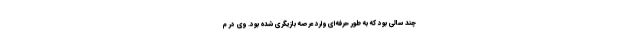
چند سالی بود که به طور حرفه‌ای وارد عرصه بازیگری شده بود. وی در م